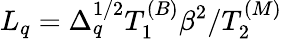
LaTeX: L_{q}=\Delta_{q}^{1/2}T_{1}^{(B)}\beta^{2}/T_{2}^{(M)}